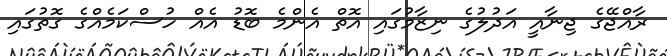
ރާއްޖޭގެ ޖިނާއީ އަދުލުގެ ނިޒާމުގައި އޮތް އެންމެ ބޮޑު އެއް ހުސްކަމެއްގެ ގޮތުގައި